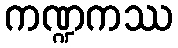
ကဏ္ဍကဿ